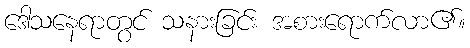
ဒေါသနေရာတွင် သနားခြင်း အစားရောက်လာ၏။